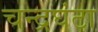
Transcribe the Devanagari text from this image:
चन्द्रघंटा